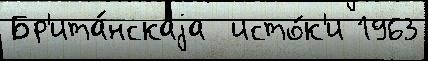
Бр'ита́нскаjа  исто́к'и 1963